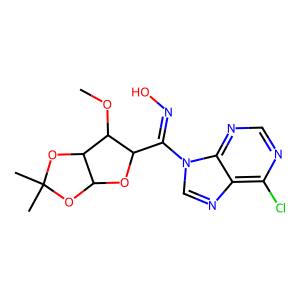
SMILES: COC1C(C(=NO)n2cnc3c(Cl)ncnc32)OC2OC(C)(C)OC21
Inhibits HIV replication: No